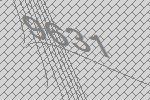
9631